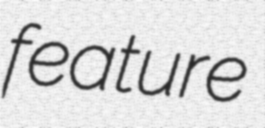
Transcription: feature